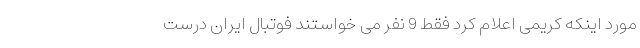
مورد اینکه کریمی اعلام کرد فقط 9 نفر می خواستند فوتبال ایران درست